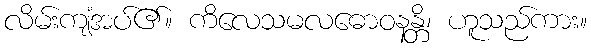
လိမ်းကျံအပ်၏။ ကိလေသမလဓောဝနန္တိ၊ ဟူသည်ကား။